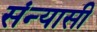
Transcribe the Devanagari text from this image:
संन्‍यासी